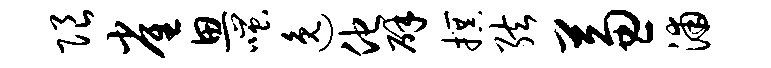
限雀思嗤逸他辟撰弦兼浦